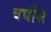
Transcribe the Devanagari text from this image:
वर्घीस